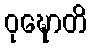
ဝုဍ္ဎောတိ